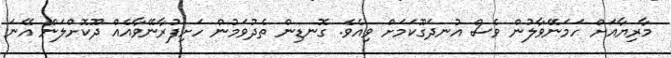
މާރިޔާއަށް ހަމަނޭވާލުން ވެސް އުނދަގޫކަމަށް ވިއެވެ. ގޮނޑިން ތެދުވަމުން ހަށިފުރާނޭވާއެއް ދޫކޮށްލަން އޭނަ